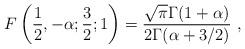
LaTeX: \begin{align*}F\left(\frac12,-\alpha;\frac32;1\right)=\frac{\sqrt{\pi}\Gamma(1+\alpha)}{2\Gamma(\alpha+3/2)}\ ,\end{align*}